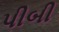
પીબી